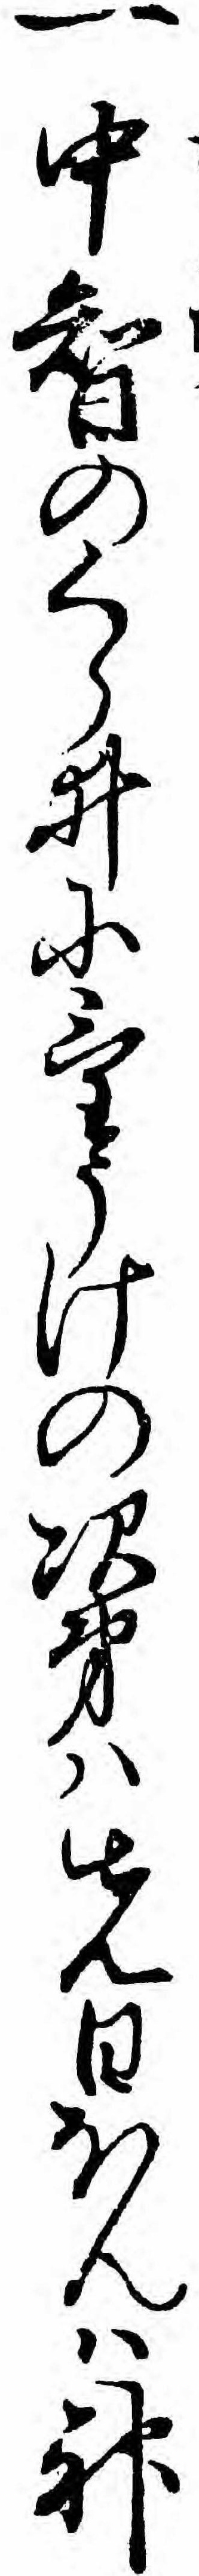
一中智のくらゐにけうけの次第ハ先日ほんハ神